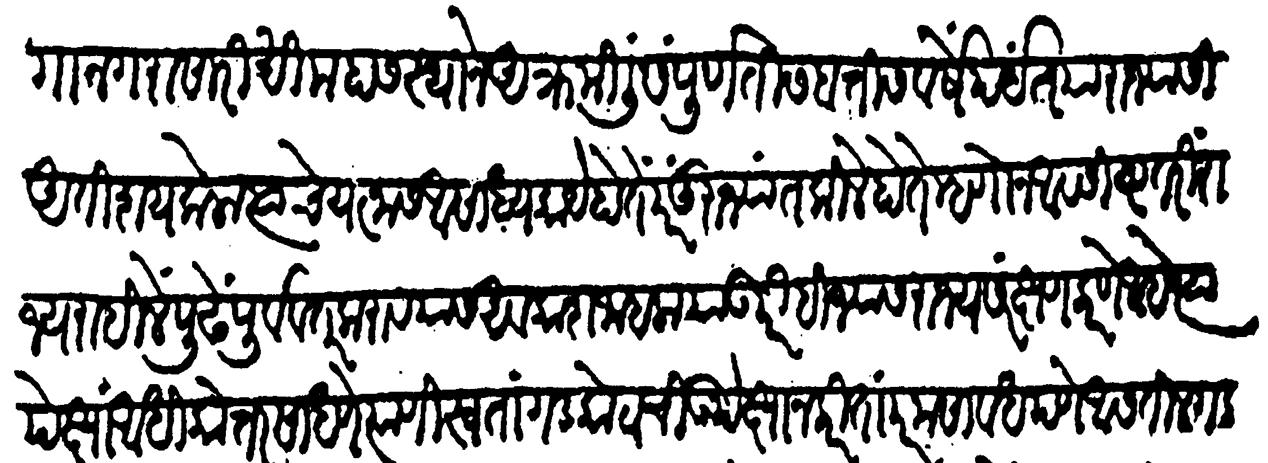
Transliteration (Devanagari): भागानगरासारखीं महास्थानें आक्रमिलीं संपूर्ण तीस बत्तीस वर्षे पर्यंत या राज्यासी अतिशय केला त्याचे यत्नास असाध्य काय होतें परंतु राज्यात किल्ले होते म्हणोन अवशिष्ट तरी राज्य राहिले पुढे पूर्ववत् करावयास अवकाश जाहला या उपरीहि ज्यास राज्य संरक्षण करणें आहे त्यापेक्षा अधिकेत्तर साधणें त्याणी स्वतां गडकोटांची उपेक्षा न करितां परम सावधपणें असतील गड